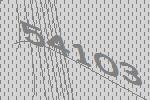
54103